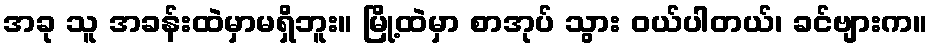
အခု သူ အခန်းထဲမှာမရှိဘူး။ မြို့ထဲမှာ စာအုပ် သွား ဝယ်ပါတယ်၊ ခင်ဗျားက။